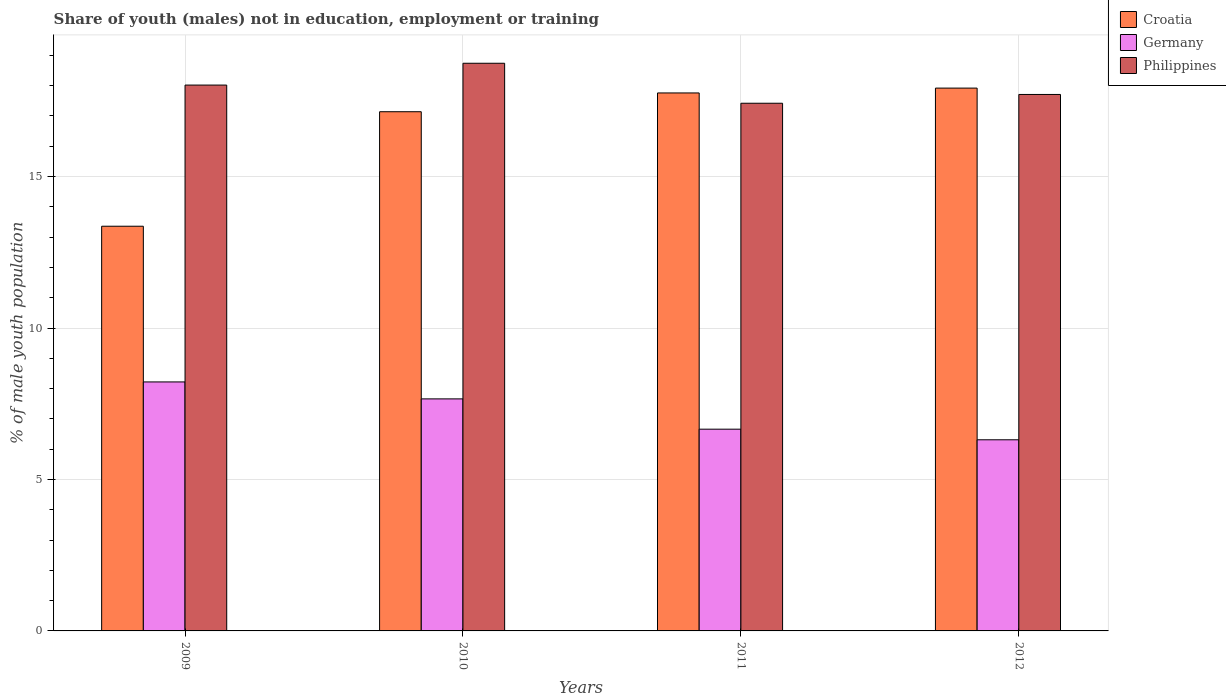
| Years | Croatia | Germany | Philippines |
 | --- | --- | --- | --- |
 | 2009 | 13.4 | 8.22 | 18 |
 | 2010 | 17.1 | 7.66 | 18.7 |
 | 2011 | 17.8 | 6.66 | 17.4 |
 | 2012 | 17.9 | 6.31 | 17.7 |